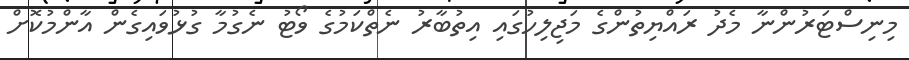
މިނިސްޓަރުންނާ މެދު ރައްޔިތުންގެ މަޖިލިހުގައި އިތުބާރު ނެތްކަމުގެ ވޯޓު ނެގުމާ ގުޅުވައިގެން އާންމުކޮށް